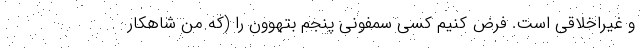
و غیراخلاقی است. فرض کنیم کسی سمفونی پنجم بتهوون را (که من شاهکار